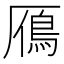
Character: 鴈